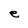
Character: e